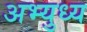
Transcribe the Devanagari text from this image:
अभ्युध्य